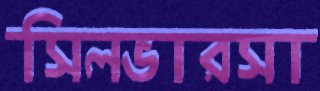
সিলভারসা